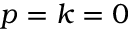
p = k = 0